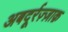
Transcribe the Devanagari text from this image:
अबदूर्रज़्ज़ाक़